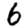
Digit: 6